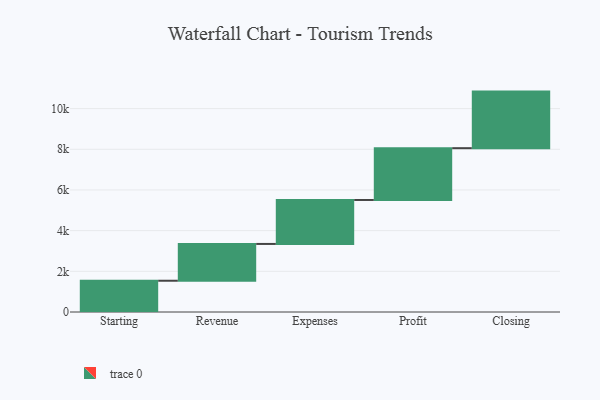
{"axis": {"x": "Step", "y": "Value"}, "legend": [""], "data": [{"x": "Starting", "y": 1537.0, "type": ""}, {"x": "Revenue", "y": 1809.0, "type": ""}, {"x": "Expenses", "y": 2162.0, "type": ""}, {"x": "Profit", "y": 2546.0, "type": ""}, {"x": "Closing", "y": 2782.0, "type": ""}]}